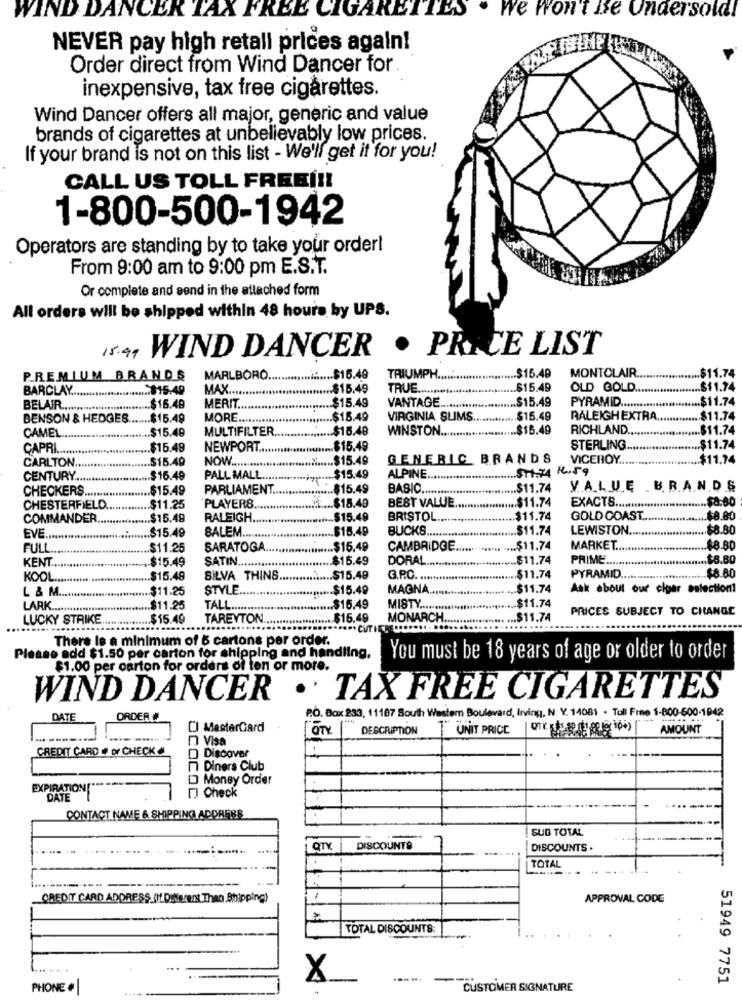
WIND DANCER TAX FREE CIGARETTES . We won't Be Undersold!
NEVER pay high retall prices again!
Order direct from Wind Dancer for.
inexpensive, tax free cigarettes.
Wind Dancer offers all major, generic and value
brands of cigarettes at unbelievably low prices.
If your brand is not on this list - We'll get it for you!
CALL US TOLL FREEÍ !!
1-800-500-1942
Operators are standing by to take your order!
From 9:00 am to 9:00 pm E.S.T.
Or complete and send in the attached form
All orders will be shipped within 48 hours by UPS.
.
PRICE LIST
15.99
WIND DANCER
MONTCLAIR
$11.74
PREMIUM BRANDS
MARLBORO.
.$16.48
TRIUMPH.
... $15.49
BARCLAY ........
... $15.49
MAX .....
.$15.49
TRUE
$15.49
OLD GOLD.
$11.74
$15.48
VANTAGE ..
.. $15.49
PYRAMID .......
.. $11.74
BELAIR ........
$16.49
MERIT
BENSON & HEDGES
.. $15.49
MORE
.... $15.49
VIRGINIA SLIMS
.... $15.49
RALEIGH EXTRA ...
........ $11.74
CAMEL.
$15.49
MULTIFILTER
.. $15.48
WINSTON ..........
.$15.49
RICHLAND
..... $11.74
CAPRI
$15.48
NEWPORT ...
....... $15.49
STERLING
.$11.74
$15.49
...... $15.49
GENERIC BRANDS
VICEROY ....
$11.74
CARLTON.
NOW ..........
.. $11.74 R.59
CENTURY .....
$16.49
PALL MALL ..
$15.49
ALPINE ......
CHECKERS
.$15.49
PARLIAMENT.
$15.49
BASIC ..........
... $11.74
V.A.L. U.E
B. R.A.N.D &
BEST VALUE
......... $11.74
$8.80
CHESTERFIELD
$11.25
PLAYERS
$15.49
EXACTS ..............
COMMANDER
$15.49
RALEIGH.
$15.49
BRISTOL ..
.$11.74
GOLD COAST.
.$8.80
EVE.
.$15.49
.. $15.49
BUCKS ......
.... $11.74
LEWISTON ...
... $8.80
BALEM ........
FULL
$11.25
SARATOGA
$15.49
CAMBRIDGE ..
............ $11.74
MARKET.
... $8.80
$15.49
.... $15.49
DORAL ..
... $11.74
PRIME
.. $5.80
KENT ...
SATIN .............
.. $8.80
KOOL
.$15.48
SILVA THINS ..
......... $15.49
G.R.C. .......!!
***********......... $ 11.74
PYRAMID ....
L & M ..
$11.25
STYLE ..
......... $15.49
MAGNA.
.. $11.74
Ask about our clar aslectioni
.. $11.74
LARK ......
.. $11.25
TALL ...
.... $16.49
MISTY ........ "
PRICES SUBJECT TO CHANGE
LUCKY STRIKE
$15.49
TAREYTON
$15.49
MONARCH
.$11.74
. CUT IER
There le a minimum of 6 cartons per order.
Please add $1.50 per carton for shipping and handling,
You must be 18 years of age or older to order
$1.00 per carton for orders of ton or more.
WIND DANCER
.
TAX FREE CIGARETTES
DATE
ORDER #
P.O. Box 233, 11187 South Western Boulevard, irving, N. Y. 14081 . Toll Free 1-800-600-1942
CJ MasterCard
OTY
DESCRIPTION
UNIT PRICE
AMOUNT
Visa
CREDIT CARD @ or CHECK #
[] Discover
Diners Club
1 Money Order
EXPIRATION[ **
[) Check
DATE
CONTACT NAME & SHIPPING ADDRESS
SUB TOTAL
-
QTY.
DISCOUNTS
DISCOUNTS .
TOTAL
CREDIT CARD ADDRESS_ (If Different Than Shipping)
APPROVAL CODE
TOTAL DISCOUNTS:
X
51949 7751
PHONE #
CUSTOMER SIGNATURE